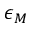
\epsilon _ { M }